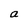
Character: a